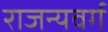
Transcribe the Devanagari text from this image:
राजन्यवर्ग